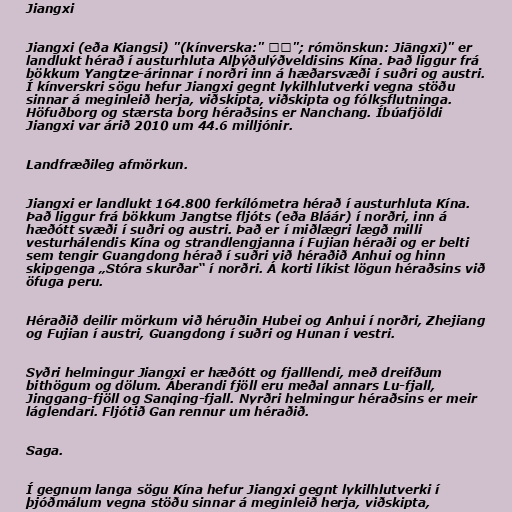
Jiangxi

Jiangxi (eða Kiangsi) "(kínverska:" 江西"; rómönskun: Jiāngxī)" er
landlukt hérað í austurhluta Alþýðulýðveldisins Kína. Það liggur frá
bökkum Yangtze-árinnar í norðri inn á hæðarsvæði í suðri og austri.
Í kínverskri sögu hefur Jiangxi gegnt lykilhlutverki vegna stöðu
sinnar á meginleið herja, viðskipta, viðskipta og fólksflutninga.
Höfuðborg og stærsta borg héraðsins er Nanchang. Íbúafjöldi
Jiangxi var árið 2010 um 44.6 milljónir.

Landfræðileg afmörkun.

Jiangxi er landlukt 164.800 ferkílómetra hérað í austurhluta Kína.
Það liggur frá bökkum Jangtse fljóts (eða Bláár) í norðri, inn á
hæðótt svæði í suðri og austri. Það er í miðlægri lægð milli
vesturhálendis Kína og strandlengjanna í Fujian héraði og er belti
sem tengir Guangdong hérað í suðri við héraðið Anhui og hinn
skipgenga „Stóra skurðar“ í norðri. Á korti líkist lögun héraðsins við
öfuga peru.

Héraðið deilir mörkum við héruðin Hubei og Anhui í norðri, Zhejiang
og Fujian í austri, Guangdong í suðri og Hunan í vestri.

Syðri helmingur Jiangxi er hæðótt og fjalllendi, með dreifðum
bithögum og dölum. Áberandi fjöll eru meðal annars Lu-fjall,
Jinggang-fjöll og Sanqing-fjall. Nyrðri helmingur héraðsins er meir
láglendari. Fljótið Gan rennur um héraðið.

Saga.

Í gegnum langa sögu Kína hefur Jiangxi gegnt lykilhlutverki í
þjóðmálum vegna stöðu sinnar á meginleið herja, viðskipta,